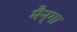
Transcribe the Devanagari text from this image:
मैन्गा